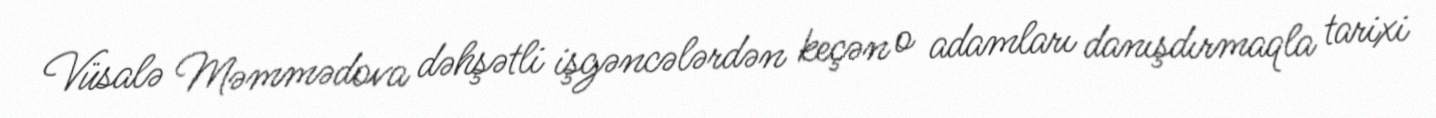
Vüsalə Məmmədova dəhşətli işgəncələrdən keçən o adamları danışdırmaqla tarixi